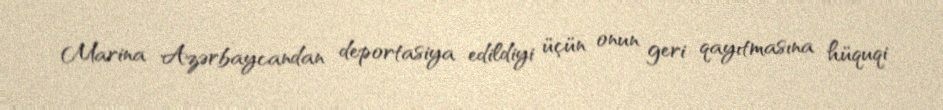
Marina Azərbaycandan deportasiya edildiyi üçün onun geri qayıtmasına hüquqi